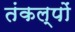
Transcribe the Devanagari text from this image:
तंकल्पों